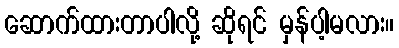
ဆောက်ထားတာပါလို့ ဆိုရင် မှန်ပါ့မလား။